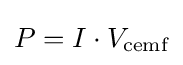
P=I\cdot V_{\text{cemf}}